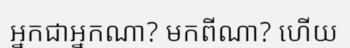
អ្នកជាអ្នកណា? មកពីណា? ហើយ